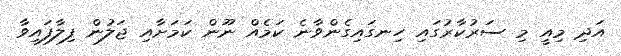
އަދި މިއީ މި ސަރުކާރުގައި ހިނގައިގެންވާނެ ކަމެއް ނޫން ކަމަށާއި ޖަލުން ފިލާފައިވާ